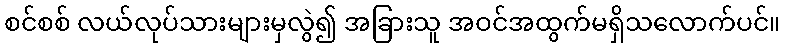
စင်စစ် လယ်လုပ်သားများမှလွဲ၍ အခြားသူ အဝင်အထွက်မရှိသလောက်ပင်။